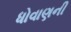
ધોવાણની